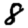
Digit: 8